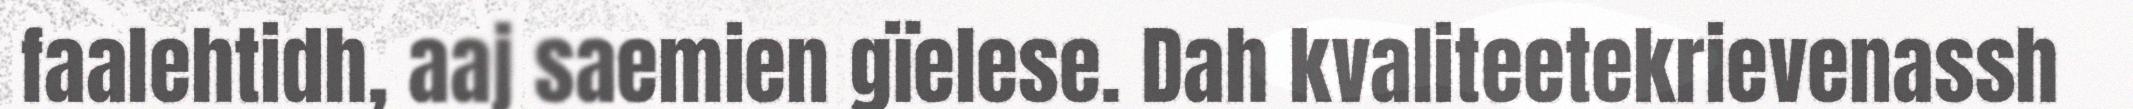
faalehtidh, aaj saemien gïelese. Dah kvaliteetekrievenassh